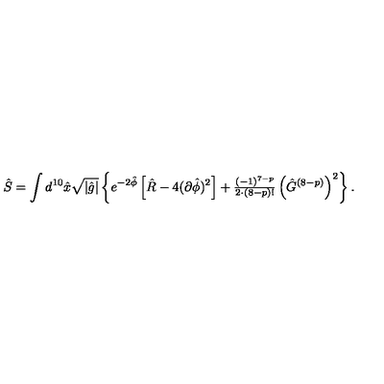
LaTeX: \hat { S } = \int d ^ { 1 0 } \hat { x } \sqrt { | \hat { g } | } \left\{ e ^ { - 2 \hat { \phi } } \left[ \hat { R } - 4 ( \partial \hat { \phi } ) ^ { 2 } \right] + { \textstyle \frac { ( - 1 ) ^ { 7 - p } } { 2 \cdot ( 8 - p ) ! } } \left( \hat { G } ^ { ( 8 - p ) } \right) ^ { 2 } \right\} .